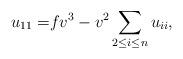
LaTeX: \begin{align*}u_{11}=&fv^3-v^2\sum_{2\leq i\leq n}u_{ii},\end{align*}